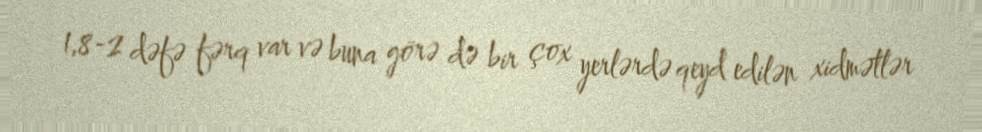
1,8-2 dəfə fərq var və buna görə də bir çox yerlərdə qeyd edilən xidmətlər